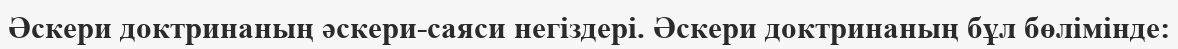
Әскери доктринаның әскери-саяси негіздері. Әскери доктринаның бұл бөлімінде: